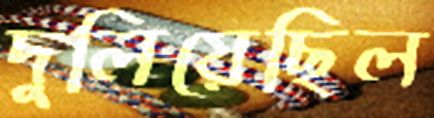
দুলিয়েছিল